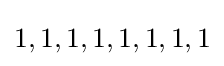
1,1,1,1,1,1,1,1